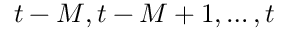
t - M , t - M + 1 , \dots , t